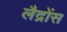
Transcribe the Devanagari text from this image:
लैद्रोंस